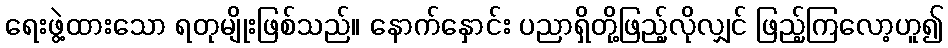
ရေးဖွဲ့ထားသော ရတုမျိုးဖြစ်သည်။ နောက်နှောင်း ပညာရှိတို့ဖြည့်လိုလျှင် ဖြည့်ကြလော့ဟူ၍